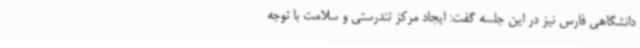
دانشگاهی فارس نیز در این جلسه گفت: ایجاد مرکز تندرستی و سلامت با توجه